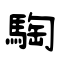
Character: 騊